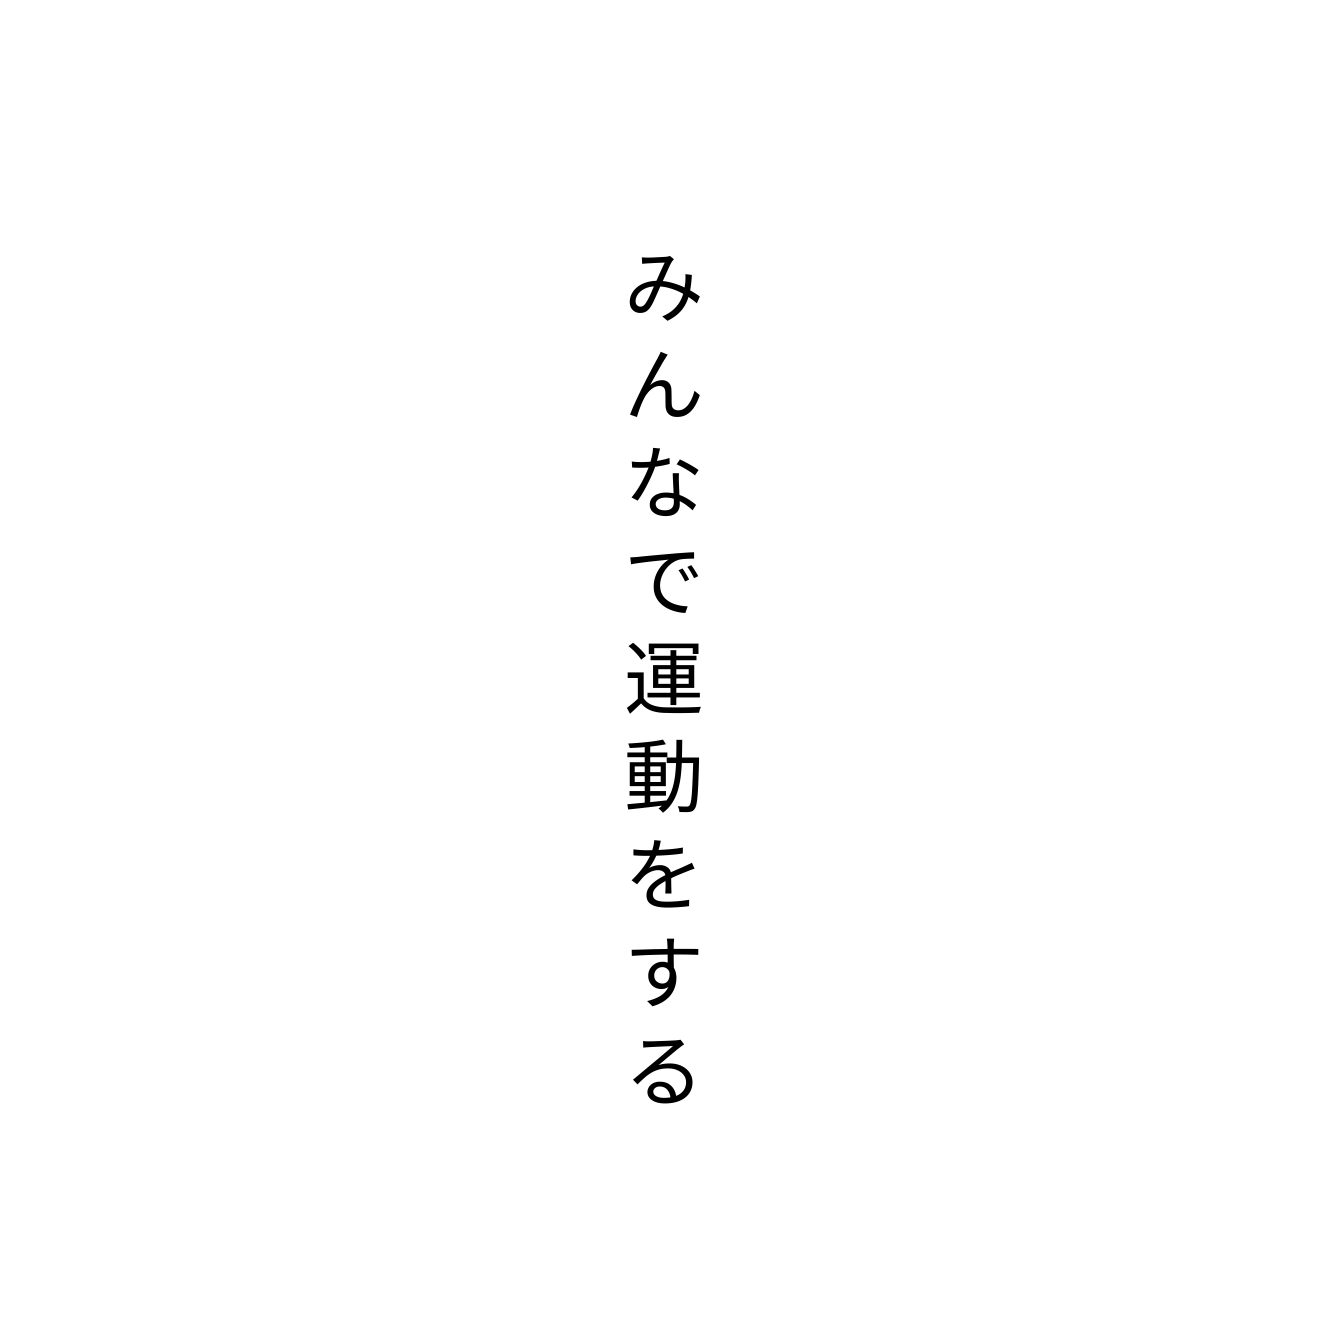
みんなで運動をする